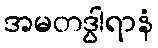
အမတဒွါရာနံ